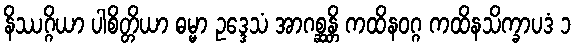
နိဿဂ္ဂိယာ ပါစိတ္တိယာ ဓမ္မာ ဥဒ္ဒေသံ အာဂစ္ဆန္တိ ကထိနဝဂ္ဂ ကထိနသိက္ခာပဒံ ၁